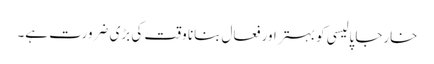
خارجا پالیسی کو بہتر اور فعال بنانا وقت کی بڑی ضرورت ہے۔